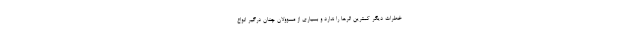
خطرات دیگر کمترین اثرها را ندارد و بسیاری از مسوولان چنان درگیر انواع